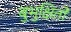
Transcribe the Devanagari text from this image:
बुभुक्षितों